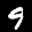
Label: 9